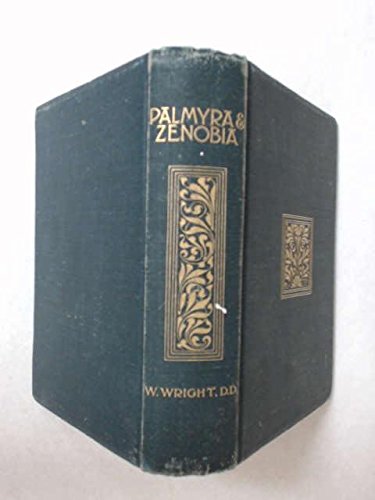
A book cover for An account of Palmyra and Zenobia,: With travels and adventures in Bashan and the desert;; William Wright; Travel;